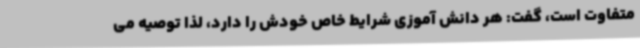
متفاوت است، گفت: هر دانش آموزی شرایط خاص خودش را دارد، لذا توصیه می